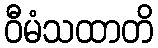
ဝီမံသထာတိ